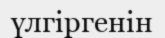
үлгіргенін